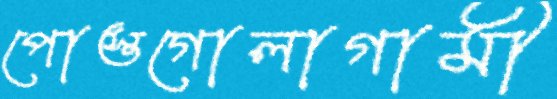
পোস্তগোলাগামী